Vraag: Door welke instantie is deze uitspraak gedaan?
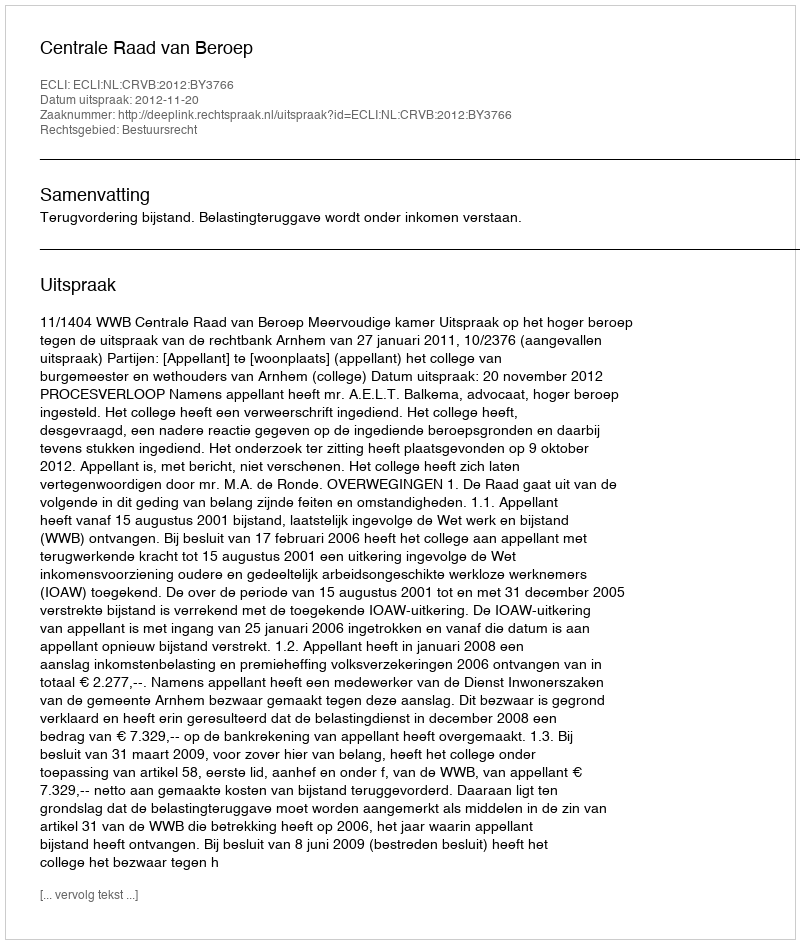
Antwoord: Centrale Raad van Beroep